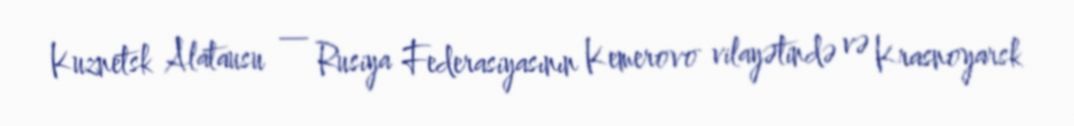
Kuznetsk Alatausu — Rusiya Federasiyasının Kemerovo vilayətində və Krasnoyarsk